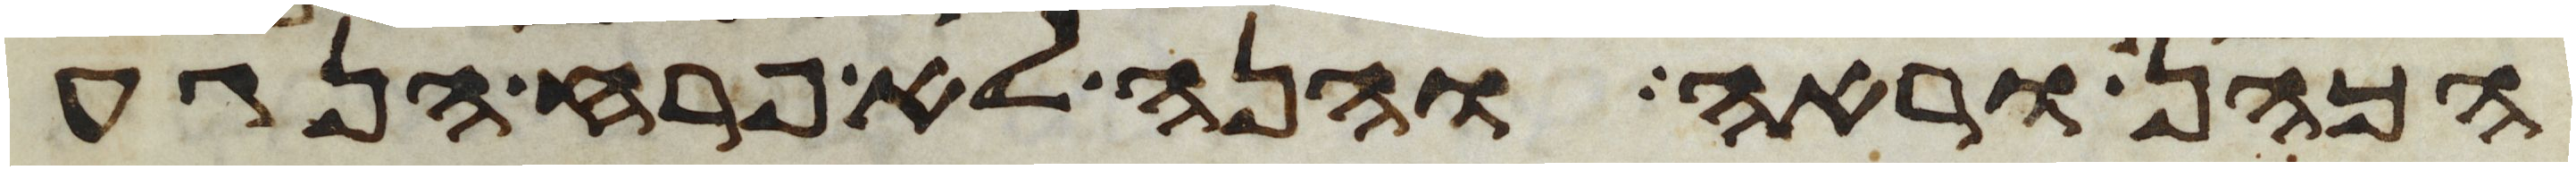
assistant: הכהן וראה והנה לא פרח הנגע